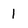
Character: 1